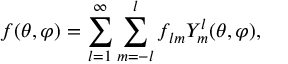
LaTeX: f ( \theta , \varphi ) = \sum _ { l = 1 } ^ { \infty } \sum _ { m = - l } ^ { l } f _ { l m } Y _ { m } ^ { l } ( \theta , \varphi ) ,